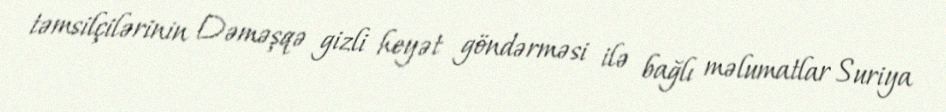
təmsilçilərinin Dəməşqə gizli heyət göndərməsi ilə bağlı məlumatlar Suriya